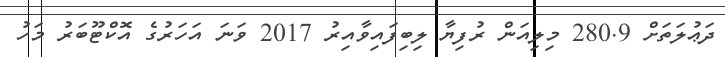
ދަޢުލަތަށް 280.9 މިލިއަން ރުފިޔާ ލިބިފައިވާއިރު 2017 ވަނަ އަހަރުގެ އޮކްޓޫބަރު މަހު